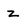
Character: z